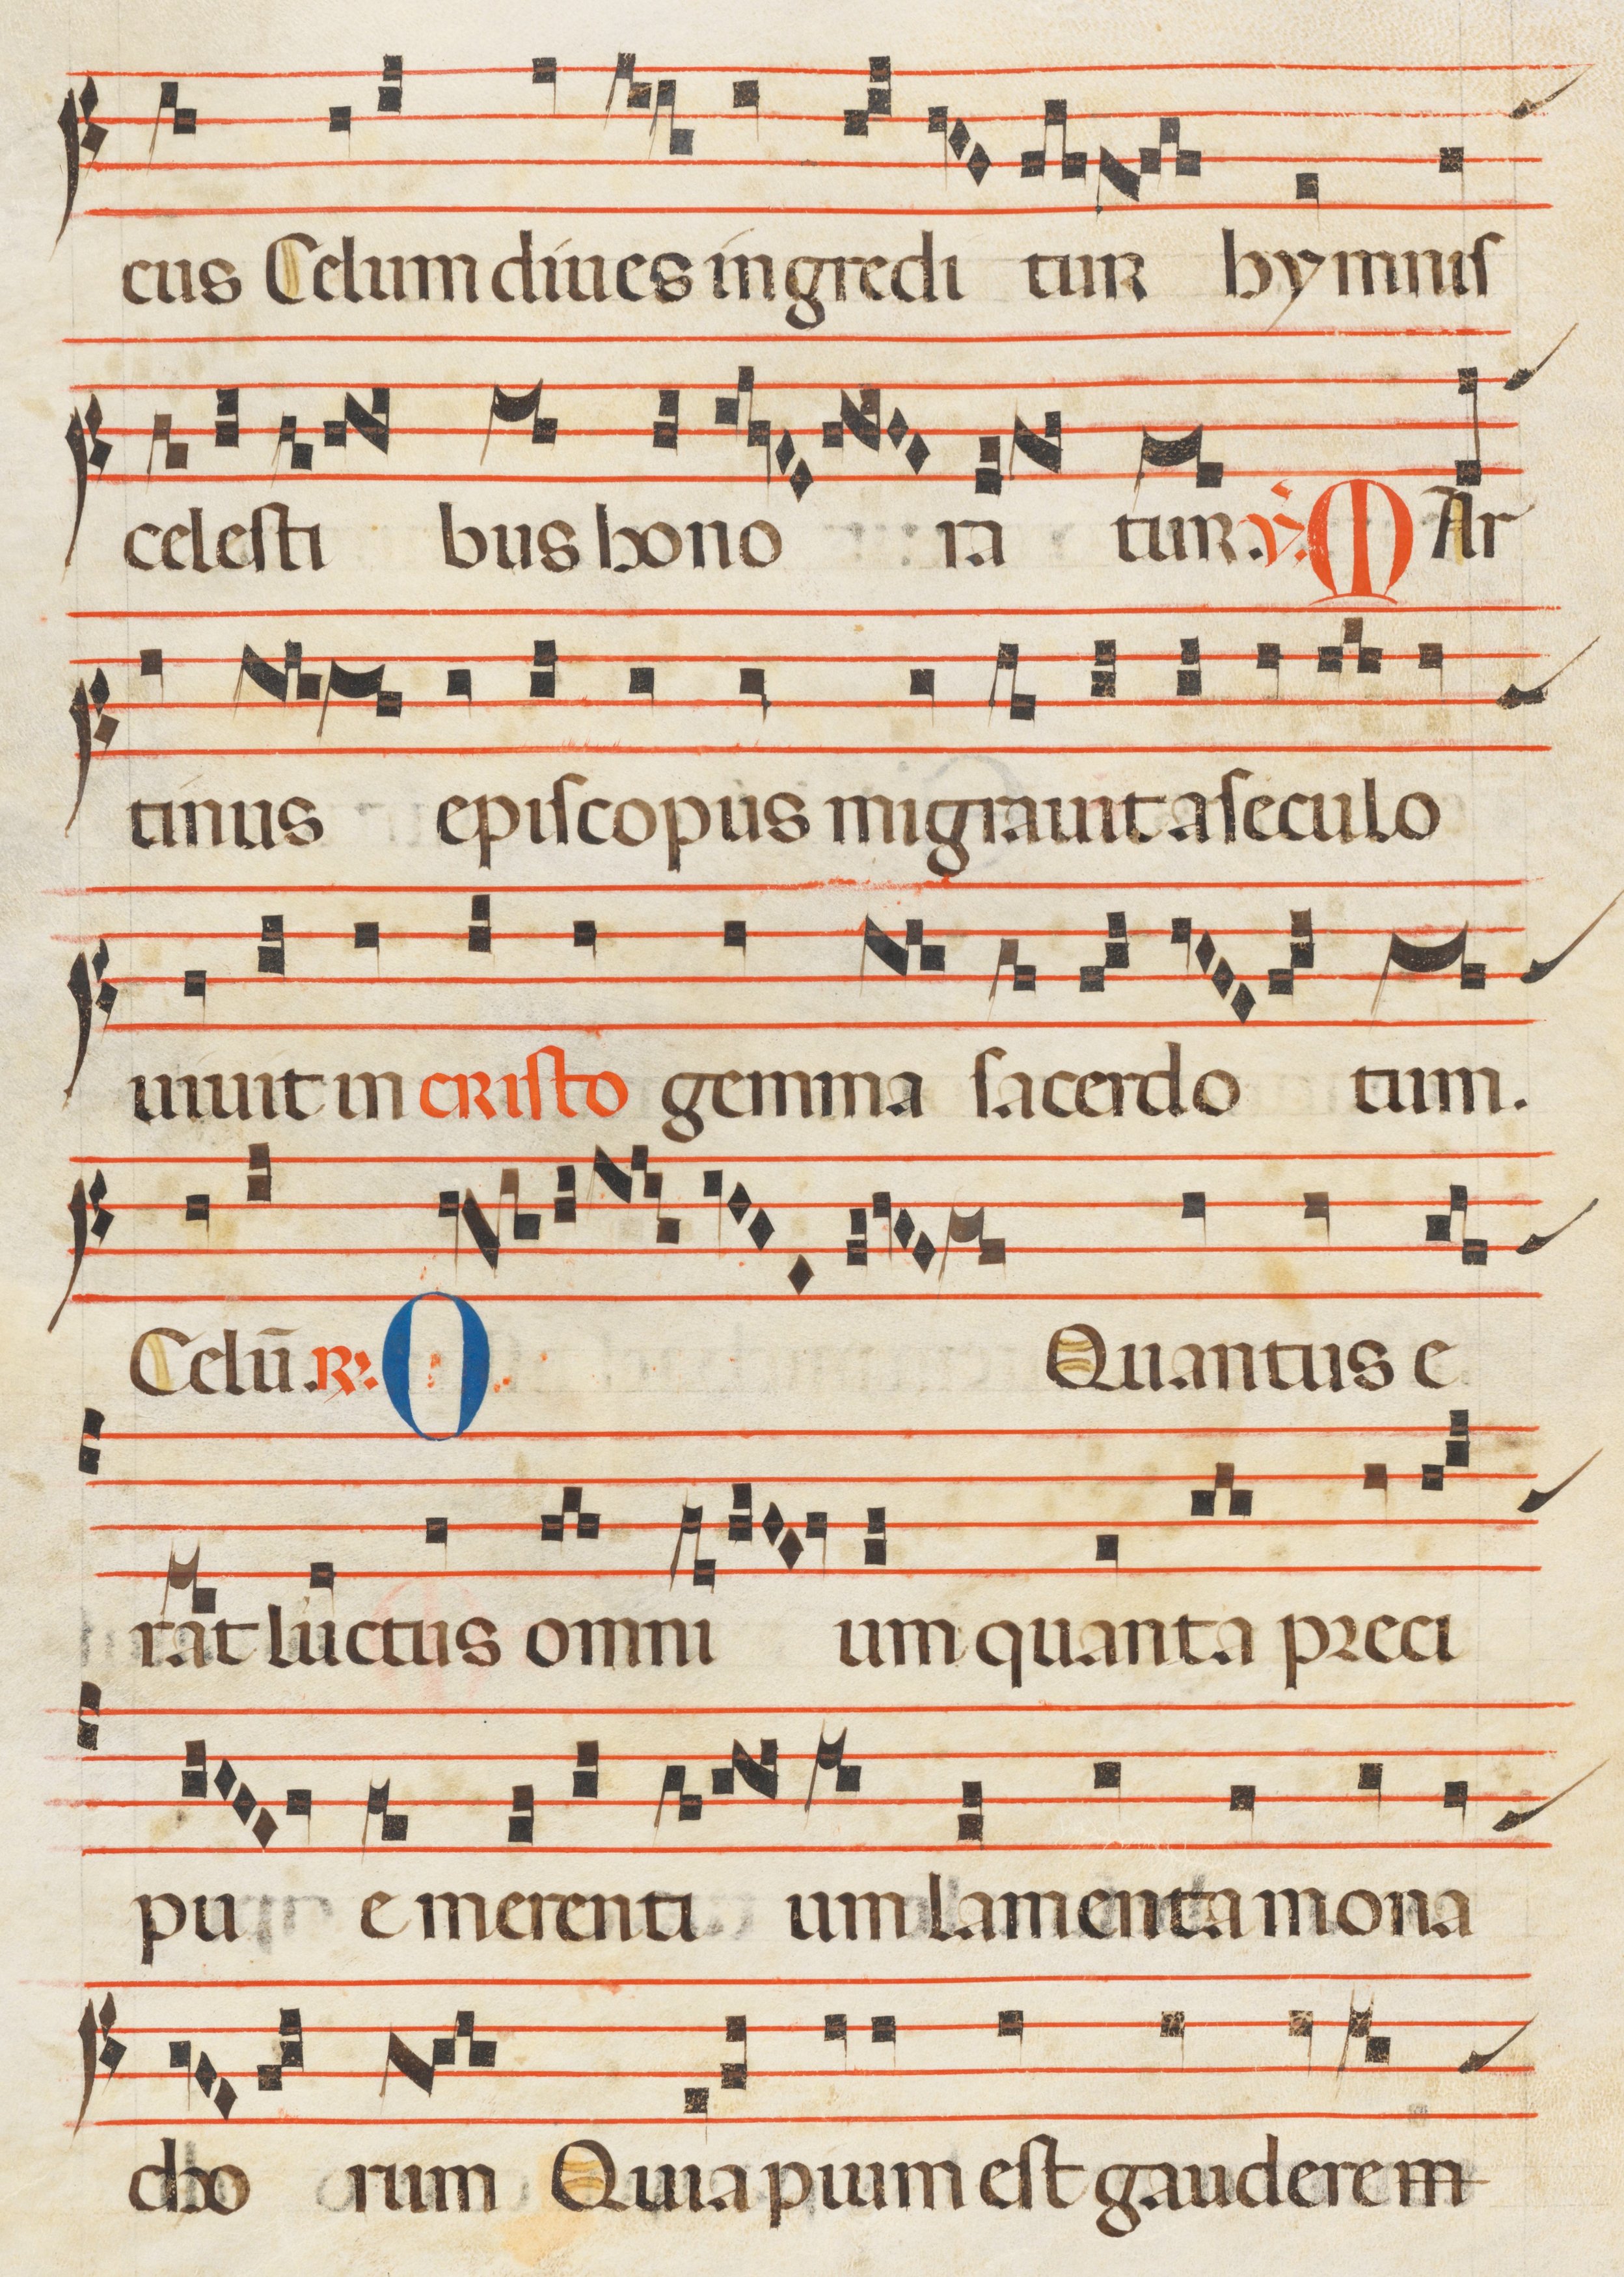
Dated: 1300–1330